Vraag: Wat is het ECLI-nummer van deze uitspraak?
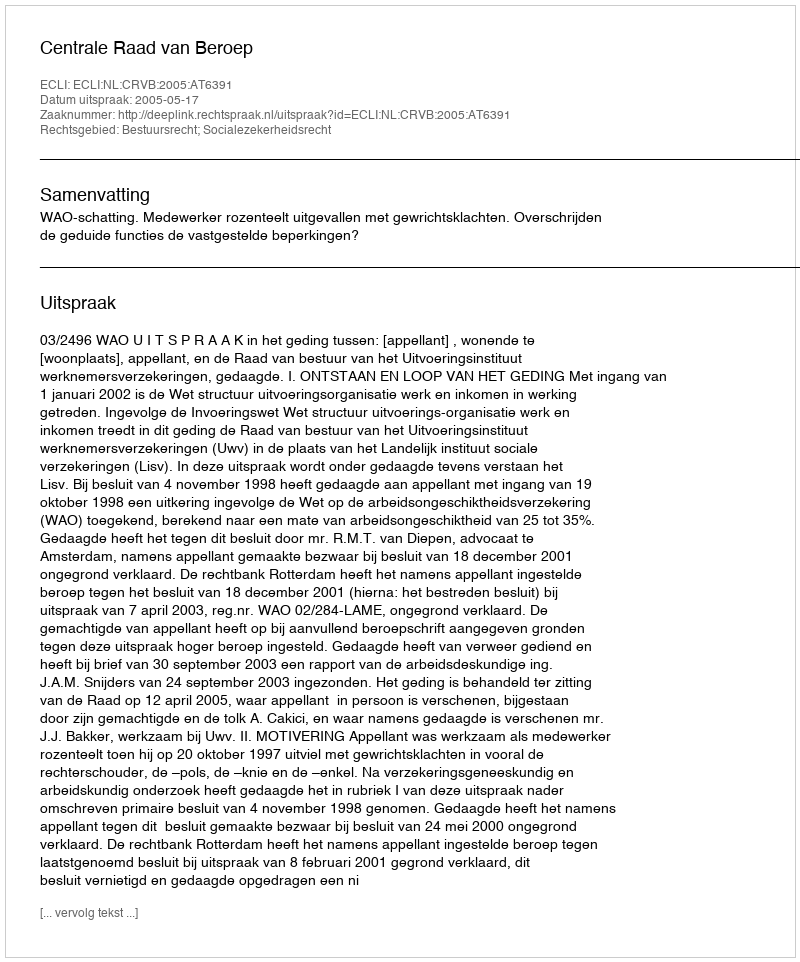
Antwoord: ECLI:NL:CRVB:2005:AT6391